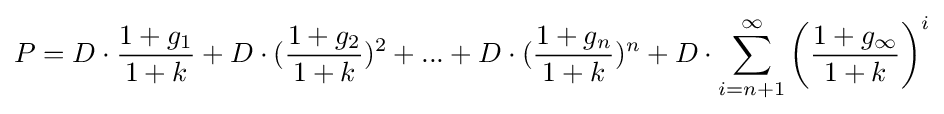
P=D\cdot {\frac {1+g_{1}}{1+k}}+D\cdot ({\frac {1+g_{2}}{1+k}})^{2}+...+D\cdot ({\frac {1+g_{n}}{1+k}})^{n}+D\cdot \sum _{i=n+1}^{\infty }\left({\frac {1+g_{\infty }}{1+k}}\right)^{i}